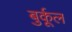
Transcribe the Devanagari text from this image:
बुर्कूल